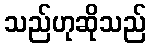
သည်ဟုဆိုသည်